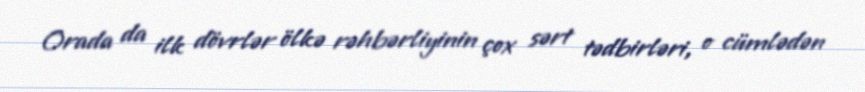
Orada da ilk dövrlər ölkə rəhbərliyinin çox sərt tədbirləri, o cümlədən